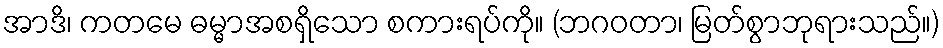
အာဒိ၊ ကတမေ ဓမ္မာအစရှိသော စကားရပ်ကို။ (ဘဂဝတာ၊ မြတ်စွာဘုရားသည်။)